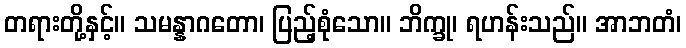
တရားတို့နှင့်။ သမန္နာဂတော၊ ပြည့်စုံသော။ ဘိက္ခု၊ ရဟန်းသည်။ အာဘတံ၊